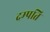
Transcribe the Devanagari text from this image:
दम्‍पति